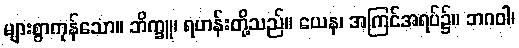
များစွာကုန်သော။ ဘိက္ခူ၊ ရဟန်းတို့သည်။ ယေန၊ အကြင်အရပ်၌။ ဘဂဝါ၊